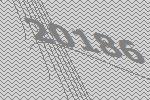
20186